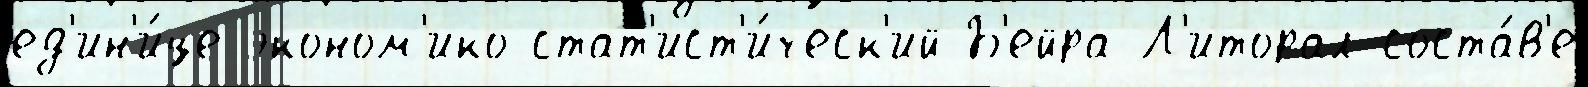
ед'ин'и́це эконом'ико-стат'ист'и́ческ'ий Б'ейра-Л'иторал соста́в'е